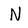
Character: N